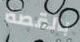
بالقصة